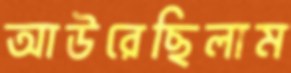
আউরেছিলাম